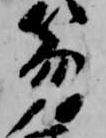
笏